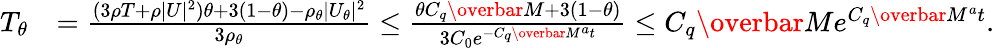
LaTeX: \begin{array}{rl}{T_{\theta}}&{=\frac{(3\rho T+\rho|U|^{2})\theta+3(1-\theta)-\rho_{\theta}|U_{\theta}|^{2}}{3\rho_{\theta}}\leq\frac{\theta C_{q}\overbar{M}+3(1-\theta)}{3C_{0}e^{-C_{q}\overbar{M}^{a}t}}\leq C_{q}\overbar{M}e^{C_{q}\overbar{M}^{a}t}.}\end{array}